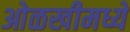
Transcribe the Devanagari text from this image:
ओळखीमध्ये